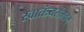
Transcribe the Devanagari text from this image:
स्वातंत्र्यसंभवम्